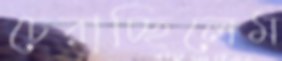
চেরাচ্ছিলেম